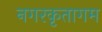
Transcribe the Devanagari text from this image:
नगरकृतागम